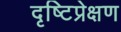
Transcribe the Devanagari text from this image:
दृष्टिप्रेक्षण